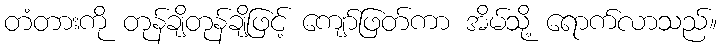
တံတားကို တုန်ချိတုန်ချိဖြင့် ကျော်ဖြတ်ကာ အိမ်သို့ ရောက်လာသည်။